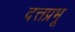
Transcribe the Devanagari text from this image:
दत्तप्रभू